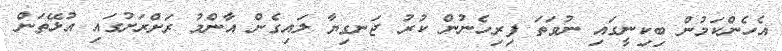
އެހެންކަމުން ބިކިނީގައި ނުވަތަ ފިރިހެނުން ކުރު ޖަނގިޔާ ލައިގެން އާންމު ރަށްރަށުގައި އުޅޭތަން